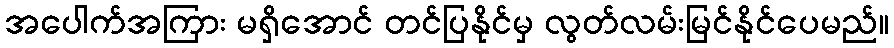
အပေါက်အကြား မရှိအောင် တင်ပြနိုင်မှ လွတ်လမ်းမြင်နိုင်ပေမည်။